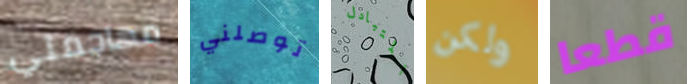
مهاجمتي توصلني المتبادل ولكن قطعا